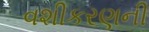
વશીકરણની